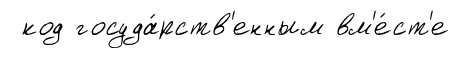
код госуда́рств'енным вм'е́ст'е